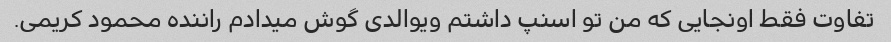
تفاوت فقط اونجایی که من تو اسنپ داشتم ویوالدی گوش میدادم راننده محمود کریمی.